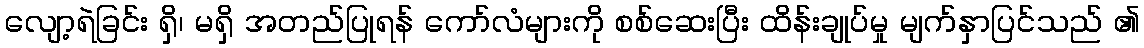
လျော့ရဲခြင်း ရှိ၊ မရှိ အတည်ပြုရန် ကော်လံများကို စစ်ဆေးပြီး ထိန်းချုပ်မှု မျက်နှာပြင်သည် ၏